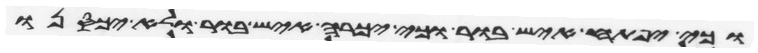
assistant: וכי יפתח איש בור או כי יכרה איש בור ולא יכסנו